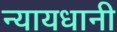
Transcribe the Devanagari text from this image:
न्यायधानी